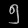
Digit: ၅